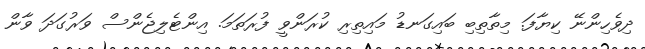
ދިވެހިންނޭ ކިޔާފަ. މިތާތިބި ބައިގަނޑު މައިތިރި ކުރަންވީ ފުރަތަމަ. އިންޓެލިޖެންސް ވަރުގަދަ ވާން